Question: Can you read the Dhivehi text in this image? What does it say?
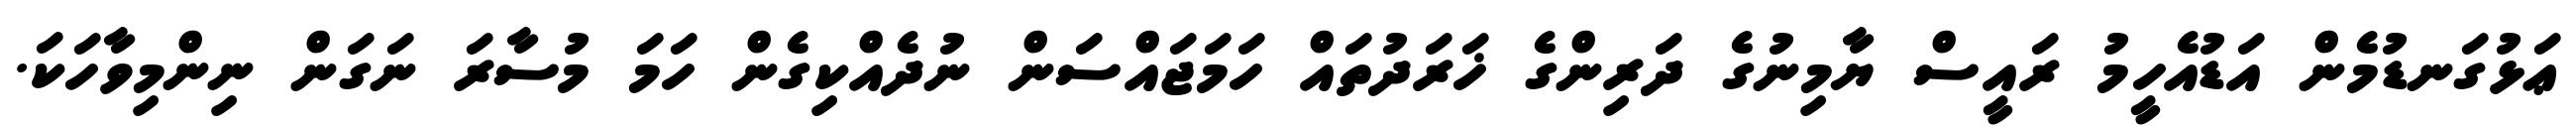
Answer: ޢަޅުގަނޑުމެން އަޑުއެހީމު ރައީސް ޔާމިނުގެ ދަރިންގެ ޚަރަދުތައް ހަމަޖައްސަން ނުދެއްކިގެން ހަމަ މުސާރަ ނަގަން ނިންމިވާހަކަ.